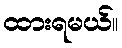
ထားရမယ်။